Protection of India from yellow fever
Disease focus: Fever
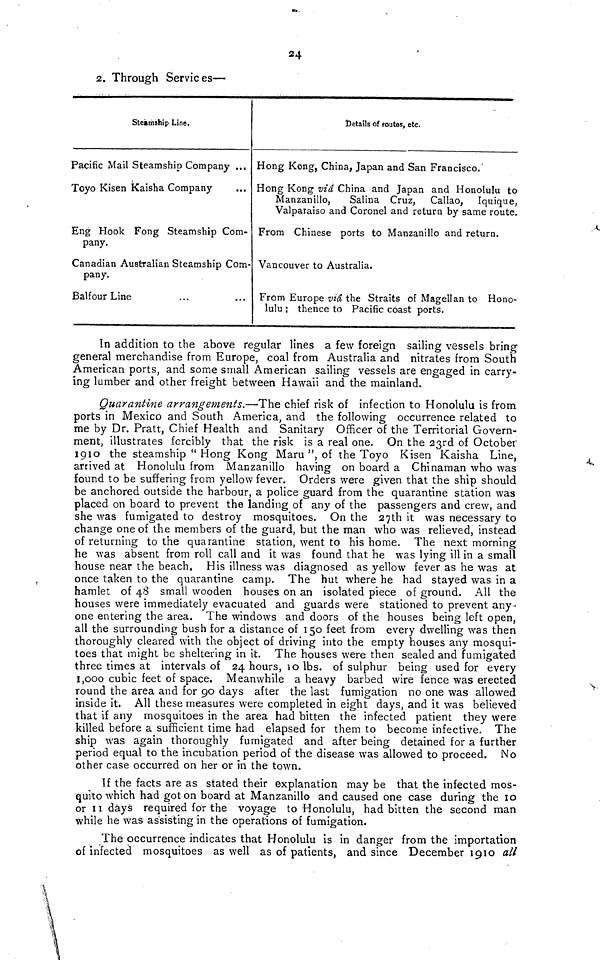
24
2. Through Services—
Steamship Line.
Pacific Mail Steamship Company ...
Toyo Kisen kaisha Company
Eng Hook Fong Steamship Com-
pany.
Canadian Australian Steamship Com-
pany.
Balf our Line
Details of routes, etc.
Hong Kong, China, Japan and San Francisco.
Hong Kong ma China and Japan and Honolulu to
Manzanillo,
Salina Cruz, Callao, Iquique,
Valparaiso and Coronel and return by same route.
From Chinese ports to Manzanillo and return.
Vancouver to Australia.
From Europe viâ the Straits of Magellan to Hono-
lulu ; thence to Pacific coast ports.
In addition to the above regular lines a few foreign sailing vessels bring
general merchandise from Europe, coal from Australia and nitrates from South
American ports, and some small American sailing vessels are engaged in carry-
ing lumber and other freight between Hawaii and the mainland.
Quarantine arrangements.—The chief risk of infection to Honolulu is from
ports in Mexico and South America, and the following occurrence related to
me by Dr. Pratt, Chief Health and Sanitary Officer of the Territorial Govern-
ment, illustrates forcibly that the risk is a real one. On the 23rd of October
1910 the steamship " Hong Kong Maru ", of the Toyo Kisen Kaisha Line,
arrived at Honolulu from Manzanillo having on board a Chinaman who was
found to be suffering from yellow fever. Orders were given that the ship should
be anchored outside the harbour, a police guard from the quarantine station was
placed on board to prevent the landing of any of the passengers and crew, and
she was fumigated to destroy mosquitoes. On the 27th it was necessary to
change one of the members of the guard, but the man who was relieved, instead
of returning to the quarantine station, went to his home. The next morning
he was absent from roll call and it was found that he was lying ill in a small
house near the beach. His illness was diagnosed as yellow fever as he was at
once taken to the quarantine camp. The hut where he had stayed was in a
hamlet of 48 small wooden houses on an isolated piece of ground. All the
houses were immediately evacuated and guards were stationed to prevent any-
one entering the area. The windows and doors of the houses being left open,
all the surrounding bush for a distance of 150 feet from every dwelling was then
thoroughly cleared with the object of driving into the empty houses any mosqui-
toes that might be sheltering in it. The houses were then sealed and fumigated
three times at intervals of 24 hours, so lbs. of sulphur being used for every
1,000 cubic feet of space. Meanwhile a heavy barbed wire fence was erected
round the area and for 90 days after the last fumigation no one was allowed
inside it. All these measures were completed in eight days, and it was believed
that if any mosquitoes in the area had bitten the infected patient they were
killed before a sufficient time had elapsed for them to become infective. The
ship was again thoroughly fumigated and after being detained for a further
period equal to the incubation period of the disease was allowed to proceed. No
other case occurred on her or in the town.
If the facts are as stated their explanation may be that the infected mos-
quito which had got on board at Manzanillo and caused one case during the 10
or II days required for the voyage to Honolulu, had bitten the second man
while he was assisting in the operations of fumigation.
The occurrence indicates that Honolulu is in danger from the importation
of infected mosquitoes as well as of patients, and since December 1910 all